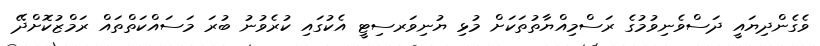
ވެގެންދިޔައީ ދަސްވެނިވުމުގެ ރަސްމިއްޔާތުތަކަށް މުޅި ޔުނިވަރސިޓީ އެކުގައި ކުރެވުނު ބުރަ މަސައްކަތްތައް ރަމްޒުކޮށްދޭ